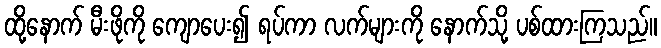
ထို့နောက် မီးဖိုကို ကျောပေး၍ ရပ်ကာ လက်များကို နောက်သို့ ပစ်ထားကြသည်။